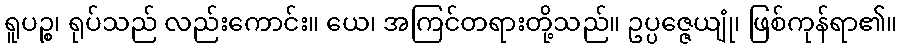
ရူပဉ္စ၊ ရုပ်သည် လည်းကောင်း။ ယေ၊ အကြင်တရားတို့သည်။ ဥပ္ပဇ္ဇေယျုံ၊ ဖြစ်ကုန်ရာ၏။